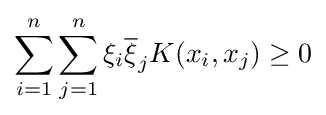
\sum _{i=1}^{n}\sum _{j=1}^{n}\xi _{i}{\overline {\xi }}_{j}K(x_{i},x_{j})\geq 0